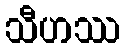
သီဟဿ